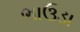
ભાઉડા